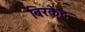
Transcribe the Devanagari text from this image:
बिरकेट